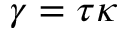
\gamma = \tau \kappa